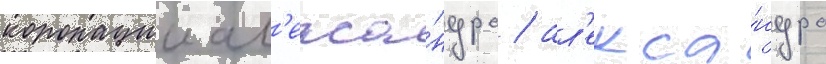
коронации ал'екса́ндра / ал'екса́ндра